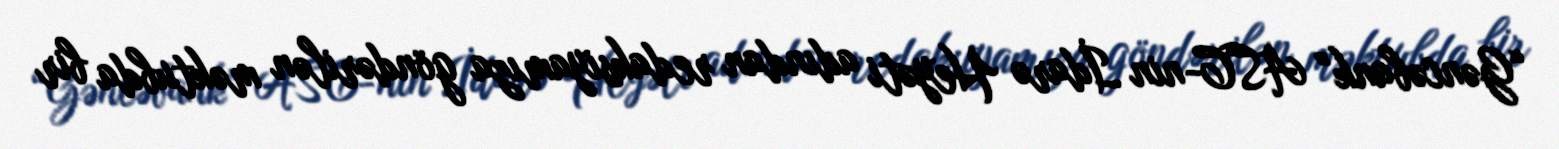
“Gəncəbank” ASC-nin İdarə Heyəti adından redaksiyamıza göndərilən məktubda bir